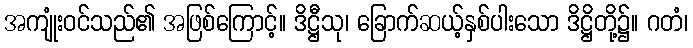
အကျုံးဝင်သည်၏ အဖြစ်ကြောင့်။ ဒိဋ္ဌီသု၊ ခြောက်ဆယ့်နှစ်ပါးသော ဒိဋ္ဌိတို့၌။ ဂတံ၊